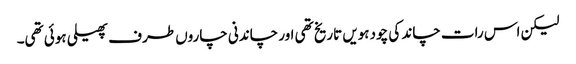
لیکن اس رات چاند کی چودہویں تاریخ تھی اور چاندنی چاروں طرف پھیلی ہوئی تھی۔